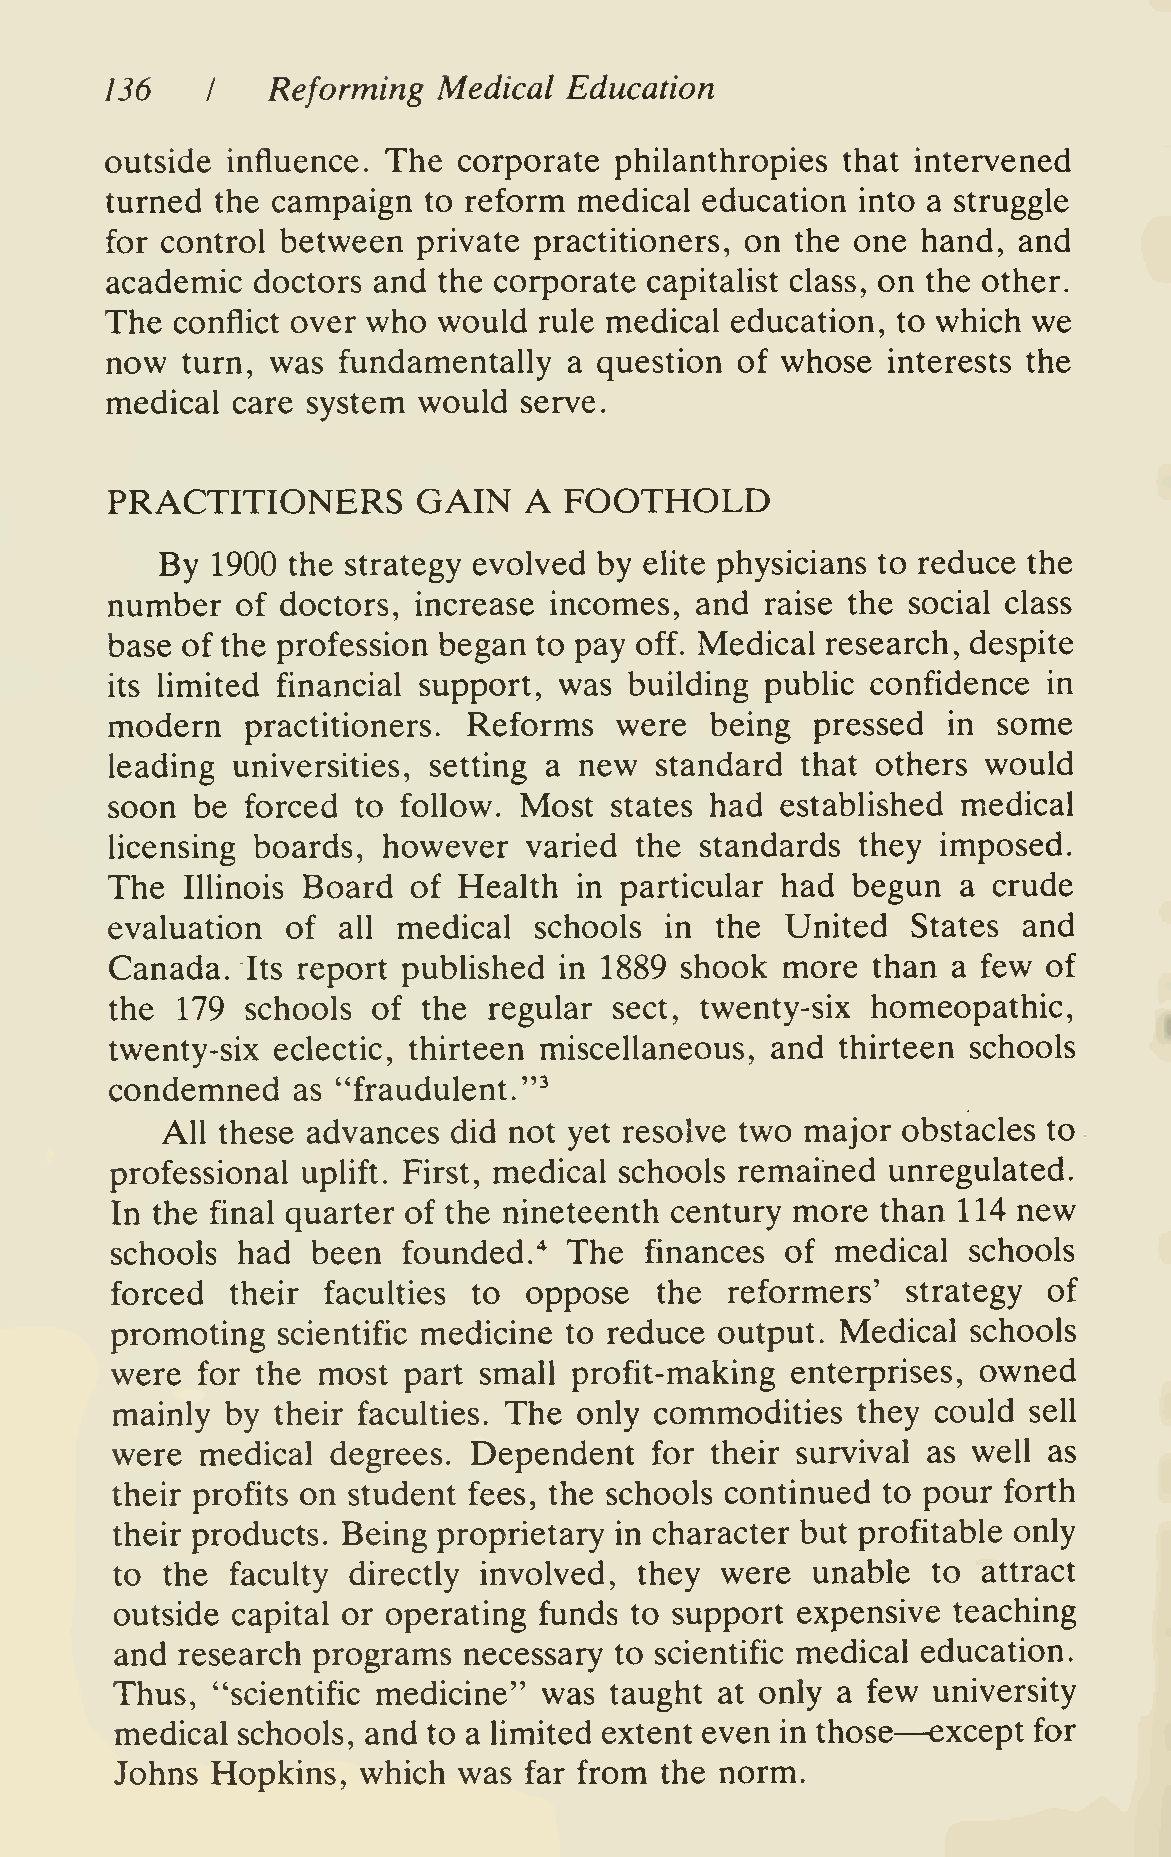
136        Reforming  Medical  Education
 I
 outside influence. The corporate  philanthropies that intervened
 turned the campaign  to reform medical  education into a struggle
 for control between  private practitioners, on the one hand, and
 academic  doctors and the corporate capitalist class, on the other.
 The  conflict over who would rule medical education, to which we
 now  turn, was fundamentally   a question of whose  interests the
 medical care system  would serve.
 PRACTITIONERS        GAIN   A FOOTHOLD
 By 1900 the strategy evolved by elite physicians to reduce the
 number   of doctors, increase incomes, and  raise the social class
 base of the profession began to pay off. Medical research, despite
 its limited financial support, was building pubHc  confidence in
 modern   practitioners. Reforms   were  being  pressed  in some
 leading universities, setting a new standard  that others would
 soon  be forced  to follow. Most states had  established medical
 licensing boards, however   varied the standards  they imposed.
 The  Illinois Board of Health  in particular had begun   a crude
 evaluation  of all medical  schools  in the  United  States  and
 Canada.  Its report pubhshed  in 1889 shook  more  than a few of
 the  179 schools  of the regular  sect, twenty-six homeopathic,
 twenty-six eclectic, thirteen miscellaneous, and thirteen schools
 condemned   as "fraudulent."^
 All these advances did not yet resolve two major obstacles to
 professional uplift. First, medical schools remained unregulated.
 In the final quarter of the nineteenth century more than 114 new
 schools  had  been  founded.   The  finances of medical  schools
 "^
 forced  their faculties to  oppose  the  reformers'  strategy of
 promoting  scientific medicine to reduce output. Medical schools
 were  for the most  part small profit-making enterprises, owned
 mainly  by their faculties. The only commodities  they could sell
 were  medical  degrees. Dependent   for their survival as well as
 their profits on student fees, the schools continued to pour forth
 their products. Being proprietary in character but profitable only
 to  the faculty directly involved, they  were  unable  to attract
 outside capital or operating funds to support expensive teaching
 and research programs  necessary to scientific medical education.
 Thus, "scientific medicine" was taught  at only a few university
 —
 medical schools, and to a limited extent even in those except for
 Johns Hopkins,  which was  far from the norm.